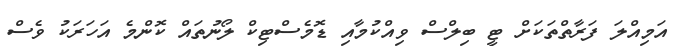
އަމިއްލަ ފަރާތްތަކަށް ޓީ ބިލްސް ވިއްކުމާއި ޑޮމެސްޓިކް ލޯނުތައް ކޮންމެ އަހަރަކު ވެސް